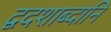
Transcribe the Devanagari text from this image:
द्वदशाब्दानि